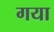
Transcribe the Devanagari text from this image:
गया